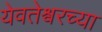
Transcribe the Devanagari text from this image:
येवतेश्वरच्या